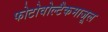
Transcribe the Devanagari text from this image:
फोटोवोल्टैकमाजूल